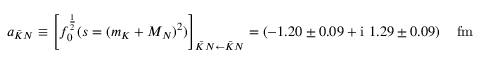
a _ { \bar { K } N } \equiv \left[ f _ { 0 } ^ { \frac 1 2 } ( s = ( m _ { K } + M _ { N } ) ^ { 2 } ) \right] _ { \bar { K } N \leftarrow \bar { K } N } = \left( - 1 . 2 0 \pm 0 . 0 9 + \mathrm { i } ~ 1 . 2 9 \pm 0 . 0 9 \right) \quad \mathrm { f m }